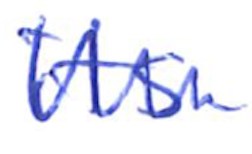
Text: its
Cross-out: zig-zag
Writing tool: ballpoint